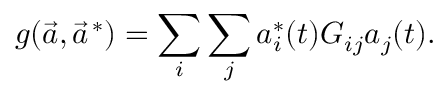
g ( \vec { a } , \vec { a } ^ { \, * } ) = \sum _ { i } \sum _ { j } a _ { i } ^ { * } ( t ) G _ { i j } a _ { j } ( t ) .